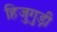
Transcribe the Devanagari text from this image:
हिजुगुड़ी